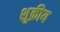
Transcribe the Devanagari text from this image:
शुक्रीय